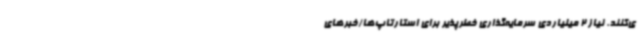
ی‌کنند. نیاز 2 میلیاردی سرمایه‌گذاری خطرپذیر برای استارتاپ‌ها/خبرهای